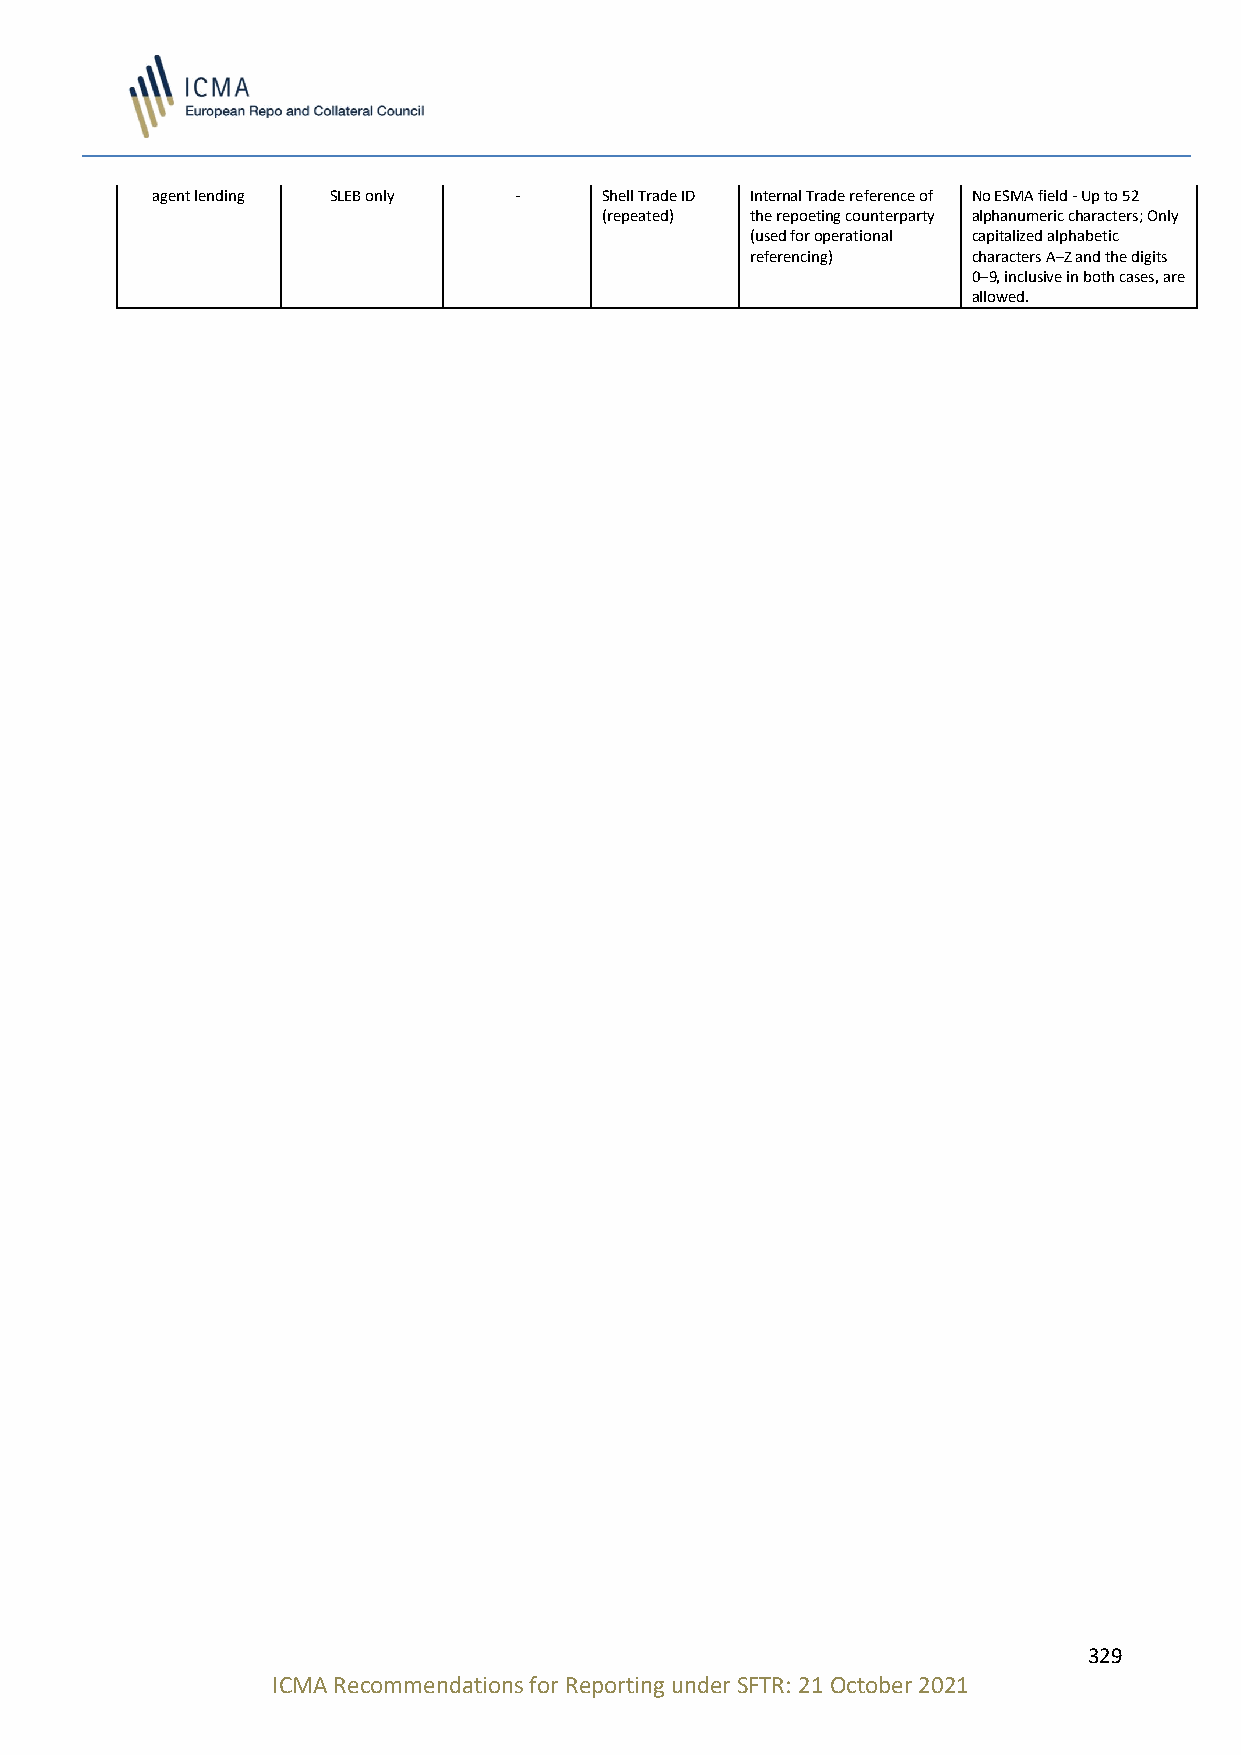
agent lending SLEB only -     Shell Trade ID Internal Trade reference of No ESMA field - Up to 52
 (repeated) the repoeting counterparty alphanumeric characters; Only
 (used for operational capitalized alphabetic
 referencing)  characters A–Z and the digits
 0–9, inclusive in both cases, are
 allowed.
 329
 ICMA Recommendations for Reporting under SFTR: 21 October 2021